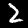
Label: 2